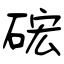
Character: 硡